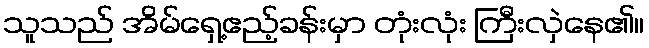
သူသည် အိမ်ရှေ့ဧည့်ခန်းမှာ တုံးလုံး ကြီးလှဲနေ၏။